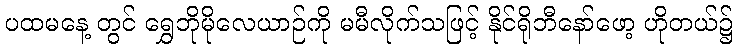
ပထမနေ့ တွင် ရွှေဘိုမိုလေယာဉ်ကို မမီလိုက်သဖြင့် နိုင်ရိုဘီနော်ဖော့ ဟိုတယ်၌